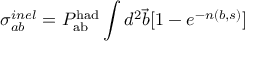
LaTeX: \sigma _ { a b } ^ { i n e l } = P _ { \mathrm { a b } } ^ { \mathrm { h a d } } \int d ^ { 2 } { \vec { b } } [ 1 - e ^ { - n ( b , s ) } ]